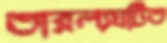
তারল্যঘটিত